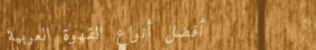
أفضل أنواع القهوة العربية